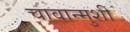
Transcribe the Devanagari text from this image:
चावान्मुशी